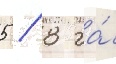
5 / 8 га́